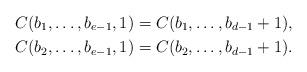
LaTeX: \begin{align*} C(b_1,\ldots,b_{e-1},1)&=C(b_1,\ldots,b_{d-1}+1),\\ C(b_2,\ldots,b_{e-1},1)&=C(b_2,\ldots,b_{d-1}+1). \end{align*}